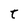
Character: t